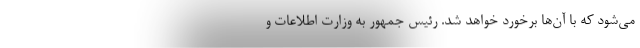
می‌شود که با آن‌ها برخورد خواهد شد. رئیس جمهور به وزارت اطلاعات و